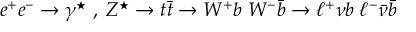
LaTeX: e ^ { + } e ^ { - } \to \gamma ^ { \star } \; , \; Z ^ { \star } \to t \bar { t } \to W ^ { + } b \; W ^ { - } \bar { b } \to \ell ^ { + } \nu b \; \ell ^ { - } \bar { \nu } \bar { b }